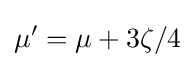
\mu '=\mu +3\zeta /4